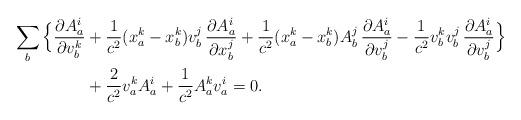
LaTeX: \begin{align*}\sum_b\Big\{\frac{\partial A^i_a}{\partial v^k_b}&+\frac{1}{c^2}(x^k_a-x^k_b)v^j_b\,\frac{\partial A^i_a}{\partial x^j_b}+\frac{1}{c^2}(x^k_a-x^k_b)A^j_b\,\frac{\partial A^i_a}{\partial v^j_b}-\frac{1}{c^2}v^k_bv^j_b\,\frac{\partial A^i_a}{\partial v^j_b}\Big\}\\&+\frac{2}{c^2}v^k_aA^i_a+\frac{1}{c^2}A^k_av^i_a=0.\end{align*}